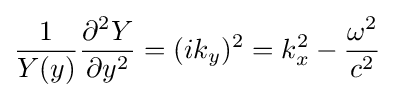
{\frac {1}{Y(y)}}{\frac {\partial ^{2}Y}{\partial y^{2}}}=(ik_{y})^{2}=k_{x}^{2}-{\frac {\omega ^{2}}{c^{2}}}